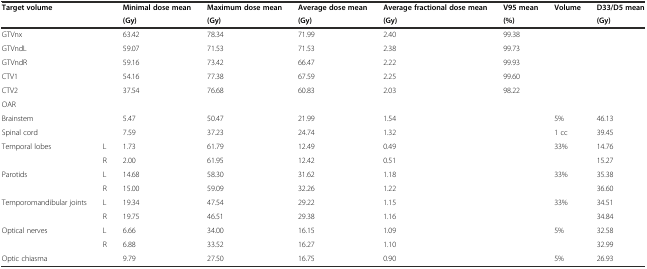
<table><thead><tr><td rowspan="2"><b>Target volume</b></td><td rowspan="2"></td><td><b>Minimal dose mean</b></td><td><b>Maximum dose mean</b></td><td><b>Average dose mean</b></td><td><b>Average fractional dose mean</b></td><td><b>V95 mean</b></td><td rowspan="2"><b>Volume</b></td><td><b>D33/D5 mean</b></td></tr><tr><td><b>(Gy)</b></td><td><b>(Gy)</b></td><td><b>(Gy)</b></td><td><b>(Gy)</b></td><td><b>(%)</b></td><td><b>(Gy)</b></td></tr></thead><tbody><tr><td>GTVnx</td><td></td><td>63.42</td><td>78.34</td><td>71.99</td><td>2.40</td><td>99.38</td><td></td><td></td></tr><tr><td>GTVndL</td><td></td><td>59.07</td><td>71.53</td><td>71.53</td><td>2.38</td><td>99.73</td><td></td><td></td></tr><tr><td>GTVndR</td><td></td><td>59.16</td><td>73.42</td><td>66.47</td><td>2.22</td><td>99.93</td><td></td><td></td></tr><tr><td>CTV1</td><td></td><td>54.16</td><td>77.38</td><td>67.59</td><td>2.25</td><td>99.60</td><td></td><td></td></tr><tr><td>CTV2</td><td></td><td>37.54</td><td>76.68</td><td>60.83</td><td>2.03</td><td>98.22</td><td></td><td></td></tr><tr><td>OAR</td><td></td><td></td><td></td><td></td><td></td><td></td><td></td><td></td></tr><tr><td>Brainstem</td><td></td><td>5.47</td><td>50.47</td><td>21.99</td><td>1.54</td><td></td><td>5%</td><td>46.13</td></tr><tr><td>Spinal cord</td><td></td><td>7.59</td><td>37.23</td><td>24.74</td><td>1.32</td><td></td><td>1 cc</td><td>39.45</td></tr><tr><td>Temporal lobes</td><td>L</td><td>1.73</td><td>61.79</td><td>12.49</td><td>0.49</td><td></td><td>33%</td><td>14.76</td></tr><tr><td></td><td>R</td><td>2.00</td><td>61.95</td><td>12.42</td><td>0.51</td><td></td><td></td><td>15.27</td></tr><tr><td>Parotids</td><td>L</td><td>14.68</td><td>58.30</td><td>31.62</td><td>1.18</td><td></td><td>33%</td><td>35.38</td></tr><tr><td></td><td>R</td><td>15.00</td><td>59.09</td><td>32.26</td><td>1.22</td><td></td><td></td><td>36.60</td></tr><tr><td>Temporomandibular joints</td><td>L</td><td>19.34</td><td>47.54</td><td>29.22</td><td>1.15</td><td></td><td>33%</td><td>34.51</td></tr><tr><td></td><td>R</td><td>19.75</td><td>46.51</td><td>29.38</td><td>1.16</td><td></td><td></td><td>34.84</td></tr><tr><td>Optical nerves</td><td>L</td><td>6.66</td><td>34.00</td><td>16.15</td><td>1.09</td><td></td><td>5%</td><td>32.58</td></tr><tr><td></td><td>R</td><td>6.88</td><td>33.52</td><td>16.27</td><td>1.10</td><td></td><td></td><td>32.99</td></tr><tr><td>Optic chiasma</td><td></td><td>9.79</td><td>27.50</td><td>16.75</td><td>0.90</td><td></td><td>5%</td><td>26.93</td></tr></tbody></table>